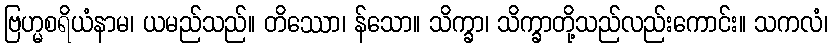
ဗြဟ္မစရိယံနာမ၊ ယမည်သည်။ တိဿော၊ န်သော။ သိက္ခာ၊ သိက္ခာတို့သည်လည်းကောင်း။ သကလံ၊